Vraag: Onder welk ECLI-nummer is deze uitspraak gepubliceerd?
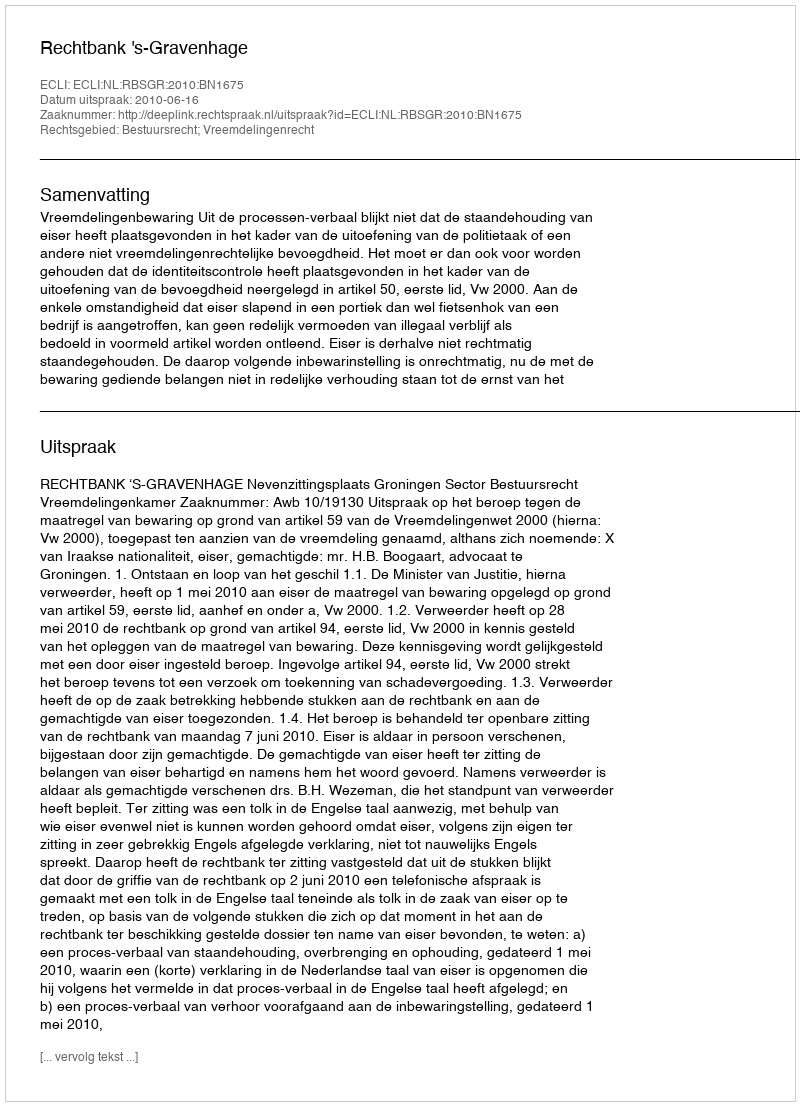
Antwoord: ECLI:NL:RBSGR:2010:BN1675